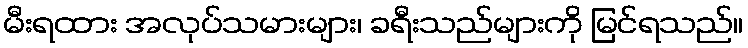
မီးရထား အလုပ်သမားများ၊ ခရီးသည်များကို မြင်ရသည်။